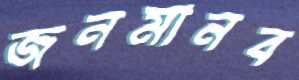
জনমানব